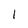
Character: 1